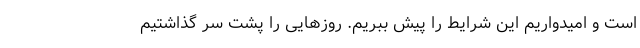
است و امیدواریم این شرایط را پیش ببریم. روزهایی را پشت سر گذاشتیم